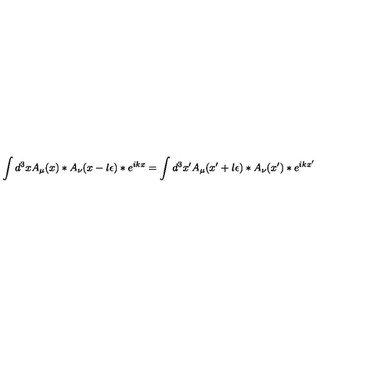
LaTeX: \int d ^ { 3 } x A _ { \mu } ( x ) \ast A _ { \nu } ( x - l \epsilon ) \ast e ^ { i k x } = \int d ^ { 3 } x ^ { \prime } A _ { \mu } ( x ^ { \prime } + l \epsilon ) \ast A _ { \nu } ( x ^ { \prime } ) \ast e ^ { i k x ^ { \prime } }